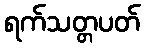
ရက်သတ္တပတ်